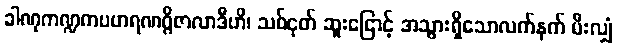
ခါဏုကဏ္ဍကပဟရဏဂ္ဂိဇာလာဒီဟိ၊ သစ်ငုတ် ဆူးငြောင့် အသွားရှိသောလက်နက် မီးလျှံ